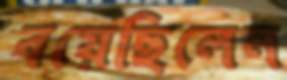
বয়েছিলেন